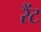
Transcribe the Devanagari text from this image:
रैंट